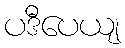
ပဒီပေယျ